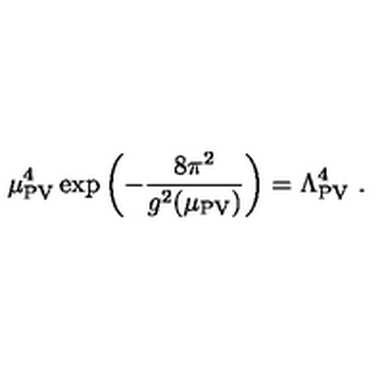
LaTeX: \mu _ { \mathrm { P V } } ^ { 4 } \exp \left( - { \frac { 8 \pi ^ { 2 } } { g ^ { 2 } ( \mu _ { \mathrm { P V } } ) } } \right) = \Lambda _ { \mathrm { P V } } ^ { 4 } \ .